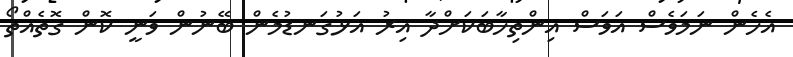
އެހެން ނަމަވެސް އަވަސް އިންތިހާބަކަށްދާ އިރު އަޅުގަނޑުމެން ބޭނުން ވަނީ ކޮން ގޮތެއްތޯ